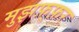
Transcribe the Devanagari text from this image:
मुझफ़्फ़र